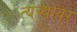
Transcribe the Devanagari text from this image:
त्यंच्यावर